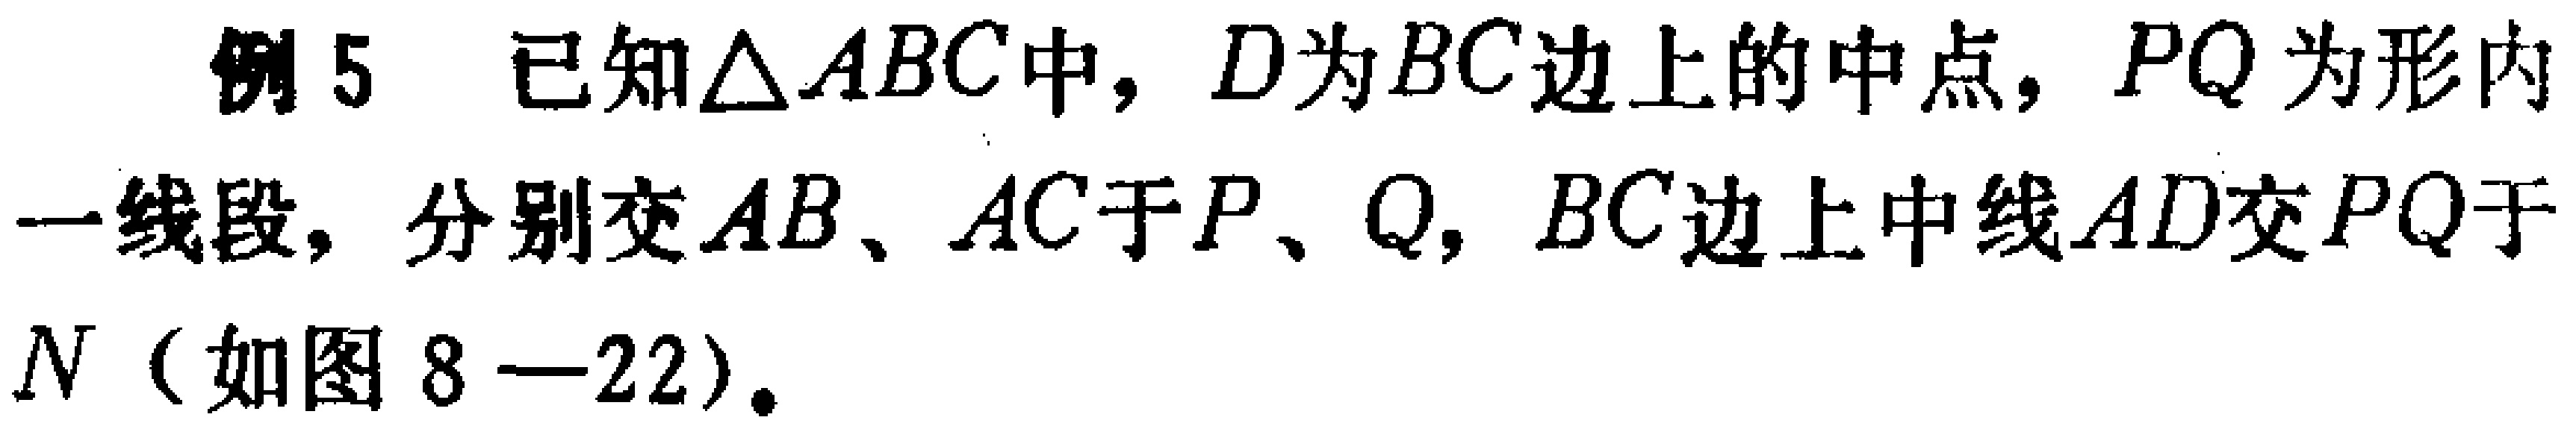
例5 已知$\triangle ABC$中，$D$为$BC$边上的中点，$PQ$为形内一线段，分别交$AB$、$AC$于$P$、$Q$，$BC$边上中线$AD$交$PQ$于$N$（如图8—22）。